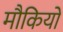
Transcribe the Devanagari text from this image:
मौकियों